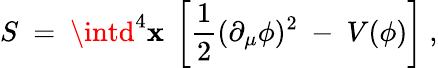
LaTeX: S~=~\intd^{4}\mathbf{x}~\left[\frac{1}{2}(\partial_{\mu}\phi)^{2}~-~V(\phi)\right]~,